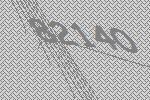
82140